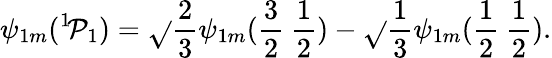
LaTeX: \psi_{1m}(^{1}\! \mathcal{P}_{1})=\sqrt{}{{\frac{{2}}{{3}}}}\psi_{1m}(\frac{{3}}{{2}}\: \frac{{1}}{{2}})-\sqrt{}{{\frac{{1}}{{3}}}}\psi_{1m}(\frac{{1}}{{2}}\: \frac{{1}}{{2}}).